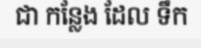
ជា កន្លែង ដែល ទឹក